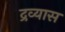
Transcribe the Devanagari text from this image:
द्रव्यास